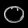
Digit: ၀